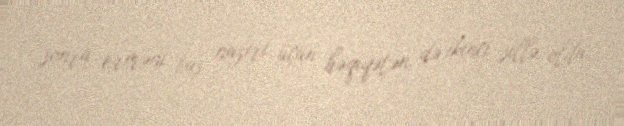
sonra erməni baş naziri üçün həqiqətən də ikinci sillə oldu.